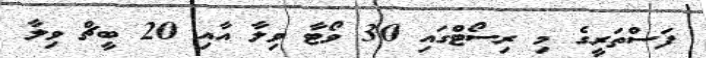
ފަސްތަރީގެ މި ރިސޯޓްގައި 30 ވޯޓާ ވިލާ އާއި 20 ބީޗް ވިލާ